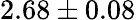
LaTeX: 2.68\pm 0.08